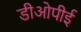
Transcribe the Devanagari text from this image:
डीओपीई